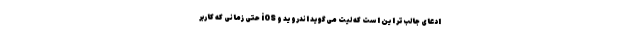
ادعای جالب‌تر این است که لیت می‌گوید اندروید و iOS حتی زمانی‌ که کاربر